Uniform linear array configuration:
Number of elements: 4
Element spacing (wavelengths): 0.5
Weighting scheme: uniform
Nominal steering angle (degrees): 30
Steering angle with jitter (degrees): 29.8
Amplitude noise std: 0.05
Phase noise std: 0.05

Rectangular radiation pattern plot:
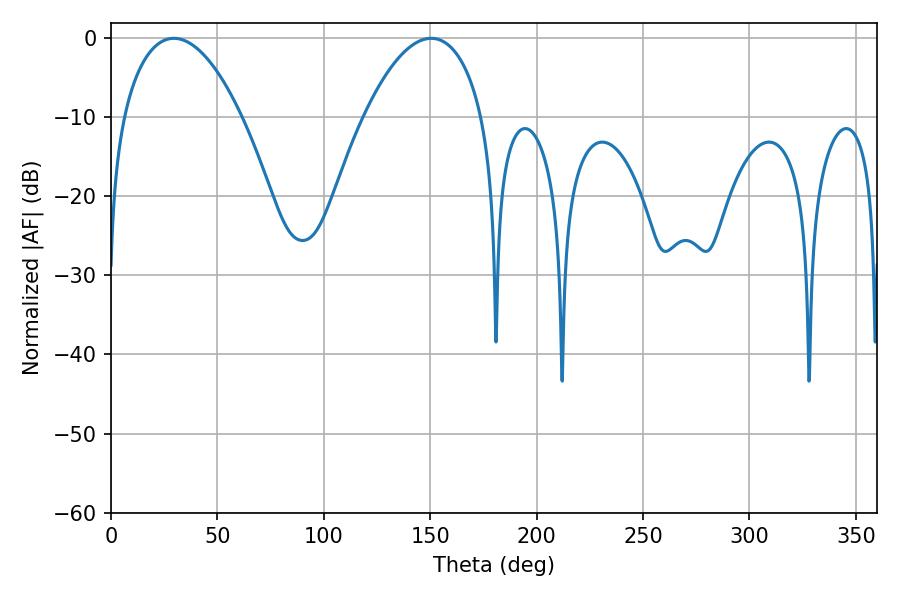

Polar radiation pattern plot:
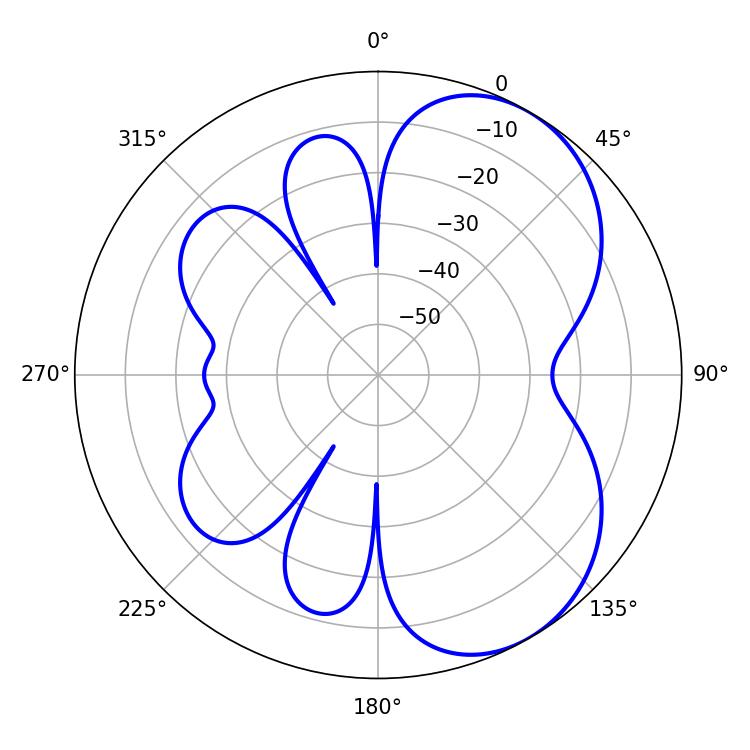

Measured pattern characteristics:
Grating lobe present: FALSE
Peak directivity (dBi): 5.551
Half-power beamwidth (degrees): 31.14
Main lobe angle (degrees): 29.52